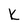
Character: k